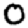
Digit: 0